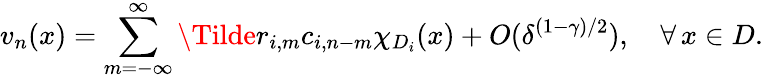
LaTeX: v_{n}(x)=\sum_{m=-\infty}^{\infty}\Tilde{r}_{i,m}c_{i,n-m}\chi_{D_{i}}(x)+O(\delta^{(1-\gamma)/2}),\quad\forall\, x\in D.